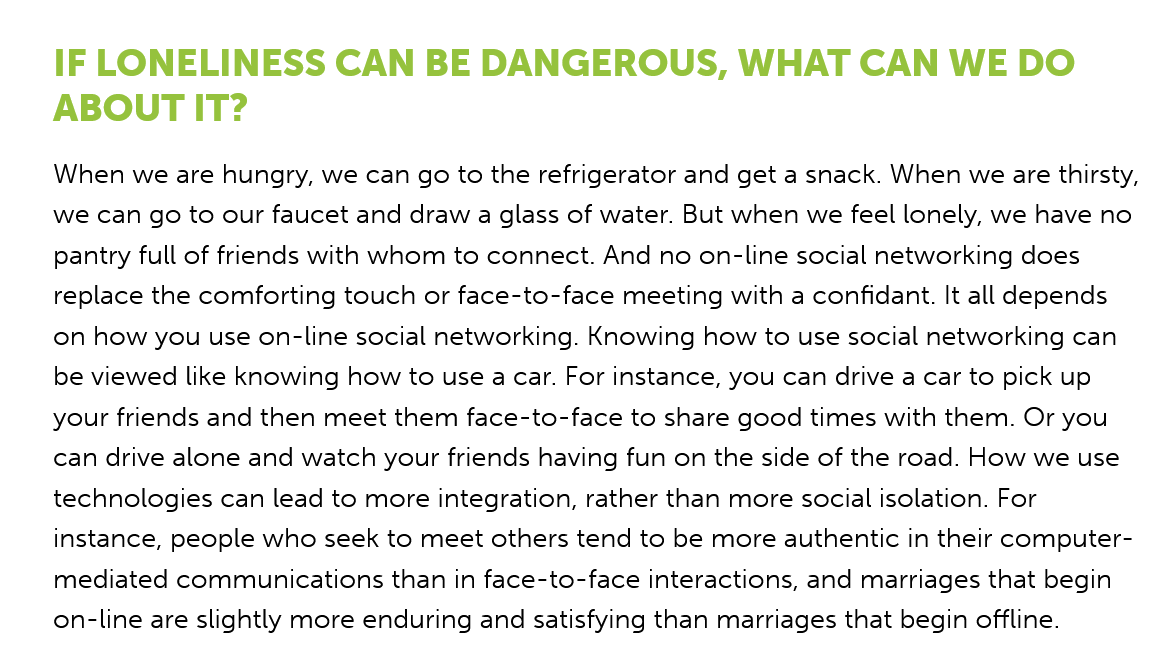
IF LONELINESS    CAN   BE  DANGEROUS,    WHAT    CAN   WE   DO
    ABOUT   IT?
    When  we are hungry, we can go to the refrigerator and get a snack. When we are thirsty,
    we can go to our faucet and draw a glass of water. But when we feel lonely, we have no
    pantry full of friends with whom to connect. And no on-line social networking does
    replace the comforting touch or face-to-face meeting with a confidant. It all depends
    on how you use on-line social networking. Knowing how to use social networking can
    be viewed like knowing how to use a car. For instance, you can drive a car to pick up
    your friends and then meet them face-to-face to share good times with them. Or you
    can drive alone and watch your friends having fun on the side of the road. How we use
    technologies can lead to more integration, rather than more social isolation. For
    instance, people who seek to meet others tend to be more authentic in their computer-
    mediated communications than in face-to-face interactions, and marriages that begin
    on-line are slightly more enduring and satisfying than marriages that begin offline.